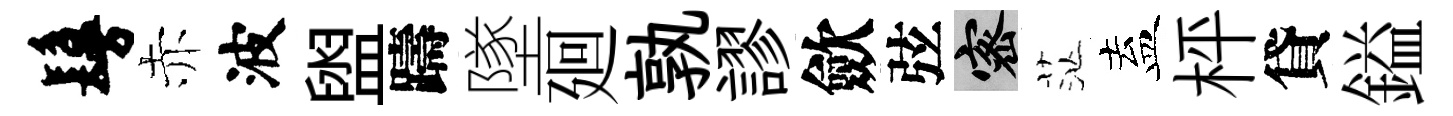
鬘赤波盥躊墜廻孰謬歛弦密茫盍枰貸鎰